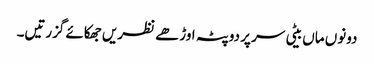
دونوں ماں بیٹی سر پر دوپٹہ اوڑھے نظریں جھکائے گزرتیں۔